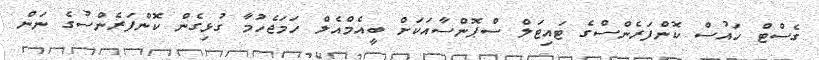
ގެސްޓް ހައުސް ކޮންފަރެންސްގެ ޓައިޓަލް ސްޕޮންސާއަކަށް ބީއެމްއެލް ހަމަޖެހުމާ ގުޅިގެން ކޮންފަރެންސުގެ ނަން